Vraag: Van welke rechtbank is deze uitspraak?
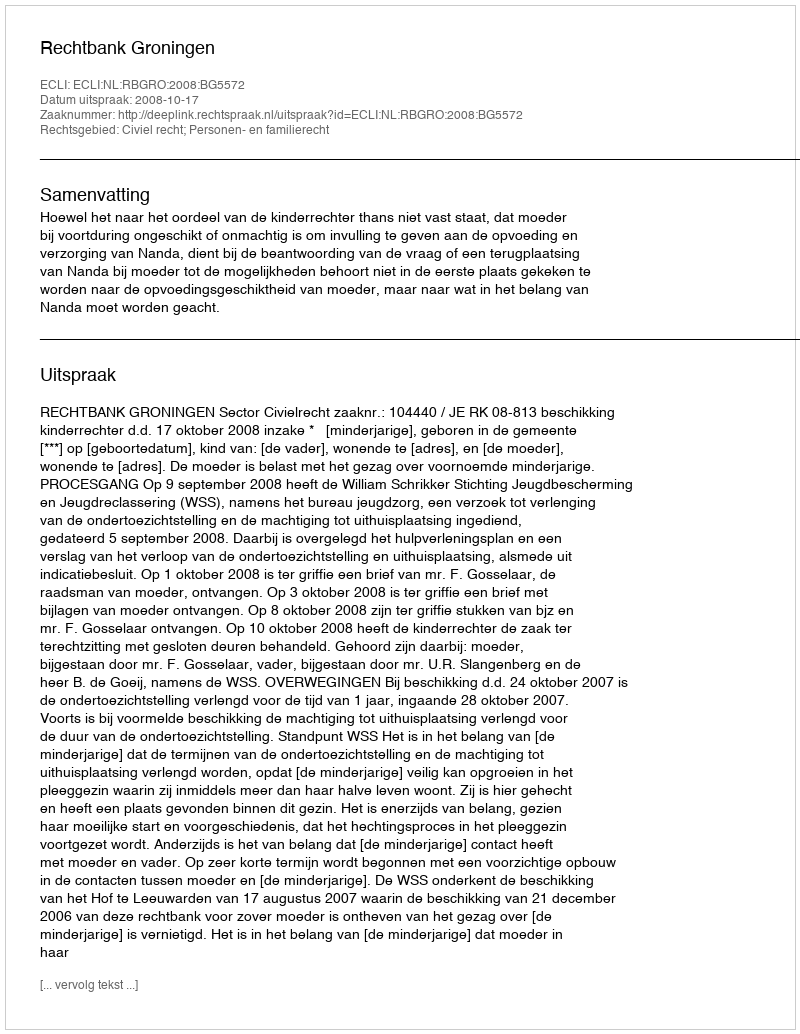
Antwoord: Rechtbank Groningen